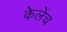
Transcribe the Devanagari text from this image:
केलेंच